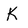
Character: K